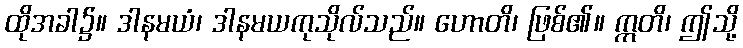
ထိုအခါ၌။ ဒါနမယံ၊ ဒါနမယကုသိုလ်သည်။ ဟောတိ၊ ဖြစ်၏။ ဣတိ၊ ဤသို့